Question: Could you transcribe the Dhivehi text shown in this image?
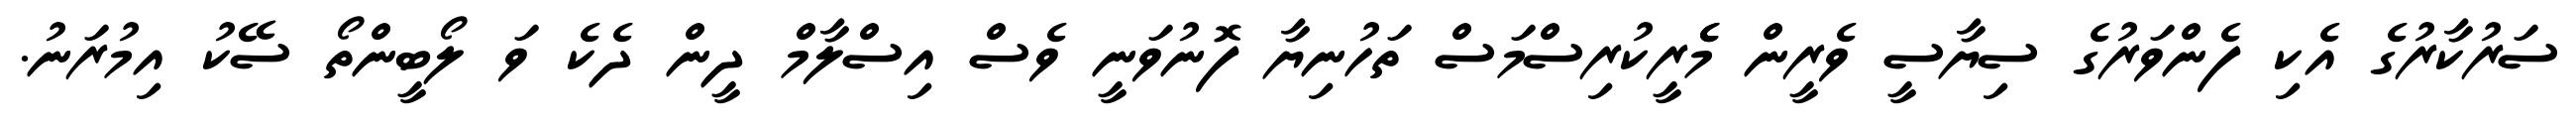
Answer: ސަރުކާރުގެ އެކި ފެންވަރުގެ ސިޔާސީ ވެރީން މެެރީކުރިސްމަސް ތަހުނިޔާ ފޮނުވަނީ ވެސް އިސްލާމް ދީން ދެކެ ވަ ލޯބީންތޯ ސޭކު އިމުރަނު.